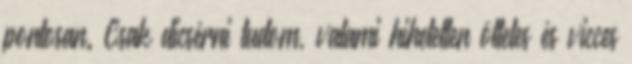
pontosan. Csak dicsérni tudom, valami hihetetlen ötletes és vicces